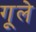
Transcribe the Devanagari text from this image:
गूले